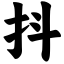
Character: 抖